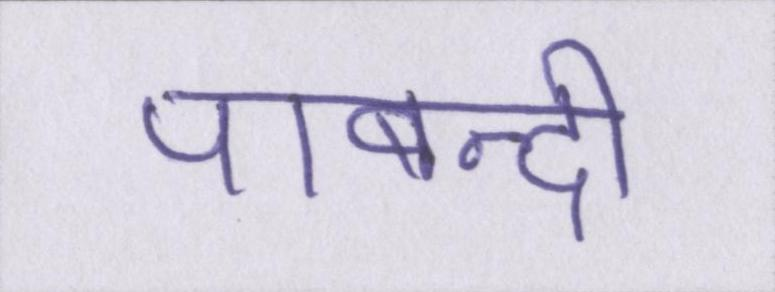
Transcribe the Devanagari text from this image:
पाबन्दी